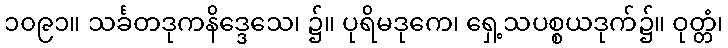
၁၀၉၁။ သင်္ခတဒုကနိဒ္ဒေသေ၊ ၌။ ပုရိမဒုကေ၊ ရှေ့သပစ္စယဒုက်၌။ ဝုတ္တံ၊